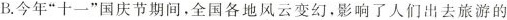
B.今年”十一”国庆节期间，全国各地风云变幻，影响了人们出去旅游的